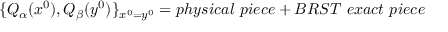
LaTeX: \{ Q _ { \alpha } ( x ^ { 0 } ) , Q _ { \beta } ( y ^ { 0 } ) \} _ { x ^ { 0 } = y ^ { 0 } } = p h y s i c a l \ p i e c e + B R S T \ e x a c t \ p i e c e